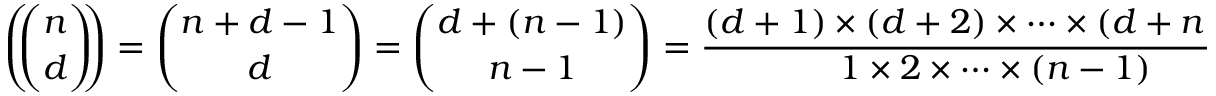
\left( \! \! { \binom { n } { d } } \! \! \right) = { \binom { n + d - 1 } { d } } = { \binom { d + ( n - 1 ) } { n - 1 } } = { \frac { ( d + 1 ) \times ( d + 2 ) \times \cdots \times ( d + n - 1 ) } { 1 \times 2 \times \cdots \times ( n - 1 ) } } = { \frac { 1 } { ( n - 1 ) ! } } ( d + 1 ) ^ { \overline { { n - 1 } } } .